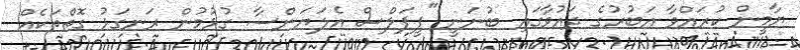
ޔާމީން ކުރައްވާ އަބުރުގެ ދައުވާގައި ބުނަނީ "ޕީޕަލްސް އެލަޔަންސާ ގުޅުމުން ރަނގަޅު ގޮތްތަކެއް